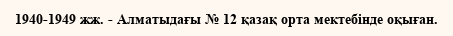
1940-1949 жж. - Алматыдағы № 12 қазақ орта мектебінде оқыған.